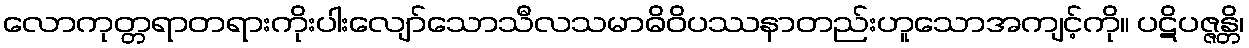
လောကုတ္တရာတရားကိုးပါးလျော်သောသီလသမာဓိဝိပဿနာတည်းဟူသောအကျင့်ကို။ ပဋိပဇ္ဇန္တိ၊